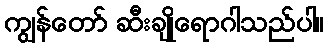
ကျွန်တော် ဆီးချိုရောဂါသည်ပါ။